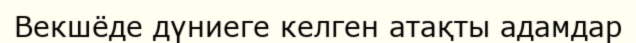
Векшёде дүниеге келген атақты адамдар